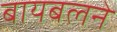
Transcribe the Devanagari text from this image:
बायबलने